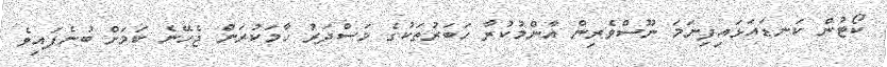
ކޯޓުން ކަނޑައަޅައިފިނަަމަ ނޫސްވެރިން އާންމުކުރާ ހަބަރުތަކުގެ މަސްދަރު ހާމަކުރަން ޖެހޭނެ ކަމަށް ބުނެފައިވެ